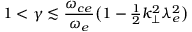
1 < \gamma \lesssim \frac { \omega _ { c e } } { \omega _ { e } } \big ( 1 - { \textstyle \frac { 1 } { 2 } } k _ { \perp } ^ { 2 } \lambda _ { e } ^ { 2 } \big )